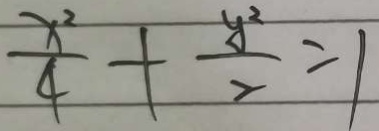
\frac { x ^ { 2 } } { 4 } + \frac { y ^ { 2 } } { 2 } = 1